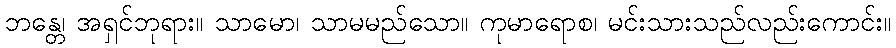
ဘန္တေ၊ အရှင်ဘုရား။ သာမော၊ သာမမည်သော။ ကုမာရောစ၊ မင်းသားသည်လည်းကောင်း။